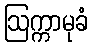
ဩက္ကာမုခံ